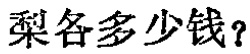
梨各多少钱？